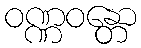
ဝဏ္ဏဝန္တော